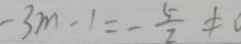
- 3 m - 1 = - \frac { 5 } { 2 } \neq 0